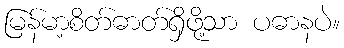
မြန်မာ့စိတ်ဓာတ်ရှိဖို့သာ ပဓာနပဲ။